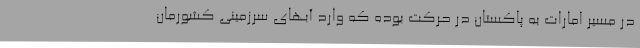
در مسیر امارات به پاکستان در حرکت بوده که وارد آبهای سرزمینی کشورمان